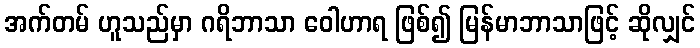
အက်တမ် ဟူသည်မှာ ဂရိဘာသာ ဝေါဟာရ ဖြစ်၍ မြန်မာဘာသာဖြင့် ဆိုလျှင်